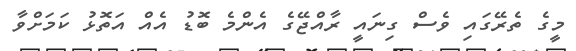
މީގެ ތެރޭގައި ވެސް ގިނައީ ރާއްޖޭގެ އެންމެ ބޮޑު އެއް އަތޮޅު ކަމަށްވާ